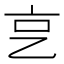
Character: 㐔